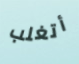
أتغلب